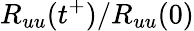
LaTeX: R_{uu}(t^{+})/R_{uu}(0)